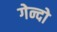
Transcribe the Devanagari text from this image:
गेन्दो